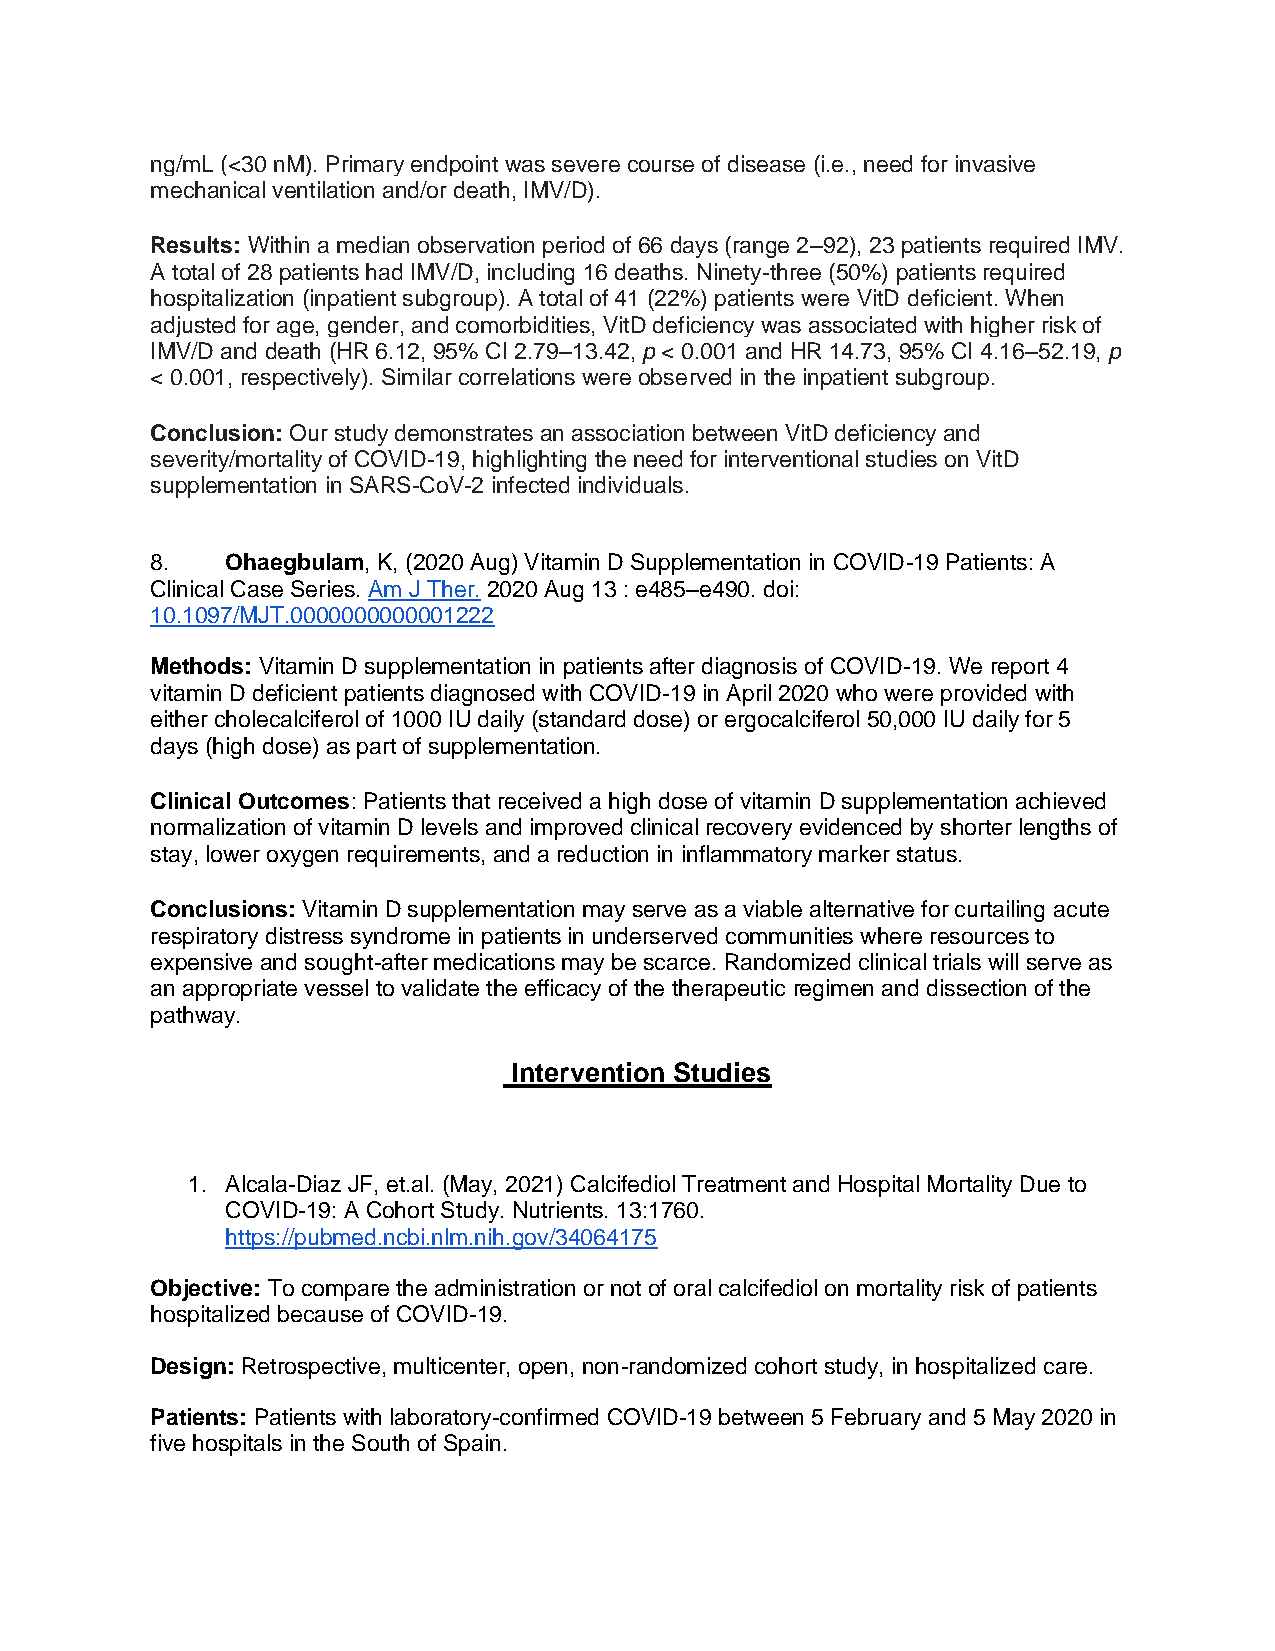
ng/mL (<30 nM). Primary endpoint was severe course of disease (i.e., need for invasive
 mechanical ventilation and/or death, IMV/D).
 Results: Within a median observation period of 66 days (range 2–92), 23 patients required IMV.
 A total of 28 patients had IMV/D, including 16 deaths. Ninety-three (50%) patients required
 hospitalization (inpatient subgroup). A total of 41 (22%) patients were VitD deficient. When
 adjusted for age, gender, and comorbidities, VitD deficiency was associated with higher risk of
 IMV/D and death (HR 6.12, 95% CI 2.79–13.42, p < 0.001 and HR 14.73, 95% CI 4.16–52.19, p
 < 0.001, respectively). Similar correlations were observed in the inpatient subgroup.
 Conclusion: Our study demonstrates an association between VitD deficiency and
 severity/mortality of COVID-19, highlighting the need for interventional studies on VitD
 supplementation in SARS-CoV-2 infected individuals.
 8.   Ohaegbulam, K, (2020 Aug) Vitamin D Supplementation in COVID-19 Patients: A
 Clinical Case Series. Am J Ther. 2020 Aug 13 : e485–e490. doi:
 10.1097/MJT.0000000000001222
 Methods: Vitamin D supplementation in patients after diagnosis of COVID-19. We report 4
 vitamin D deficient patients diagnosed with COVID-19 in April 2020 who were provided with
 either cholecalciferol of 1000 IU daily (standard dose) or ergocalciferol 50,000 IU daily for 5
 days (high dose) as part of supplementation.
 Clinical Outcomes: Patients that received a high dose of vitamin D supplementation achieved
 normalization of vitamin D levels and improved clinical recovery evidenced by shorter lengths of
 stay, lower oxygen requirements, and a reduction in inflammatory marker status.
 Conclusions: Vitamin D supplementation may serve as a viable alternative for curtailing acute
 respiratory distress syndrome in patients in underserved communities where resources to
 expensive and sought-after medications may be scarce. Randomized clinical trials will serve as
 an appropriate vessel to validate the efficacy of the therapeutic regimen and dissection of the
 pathway.
 Intervention Studies
 1. Alcala-Diaz JF, et.al. (May, 2021) Calcifediol Treatment and Hospital Mortality Due to
 COVID-19: A Cohort Study. Nutrients. 13:1760.
 https://pubmed.ncbi.nlm.nih.gov/34064175
 Objective: To compare the administration or not of oral calcifediol on mortality risk of patients
 hospitalized because of COVID-19.
 Design: Retrospective, multicenter, open, non-randomized cohort study, in hospitalized care.
 Patients: Patients with laboratory-confirmed COVID-19 between 5 February and 5 May 2020 in
 five hospitals in the South of Spain.